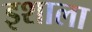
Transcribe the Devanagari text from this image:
इशाला